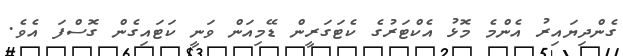
ގެންދިޔައިރު އެންމެ މޮޅު އެކްޓަރުގެ ކެޓަގަރީން ޑޭމިއަން ވަނީ ކަޓައިގެން ގޮސްފަ އެވެ.